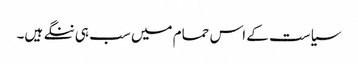
سیاست کے اس حمام میں سب ہی ننگے ہیں۔